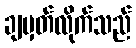
ချမှတ်လိုက်သည်